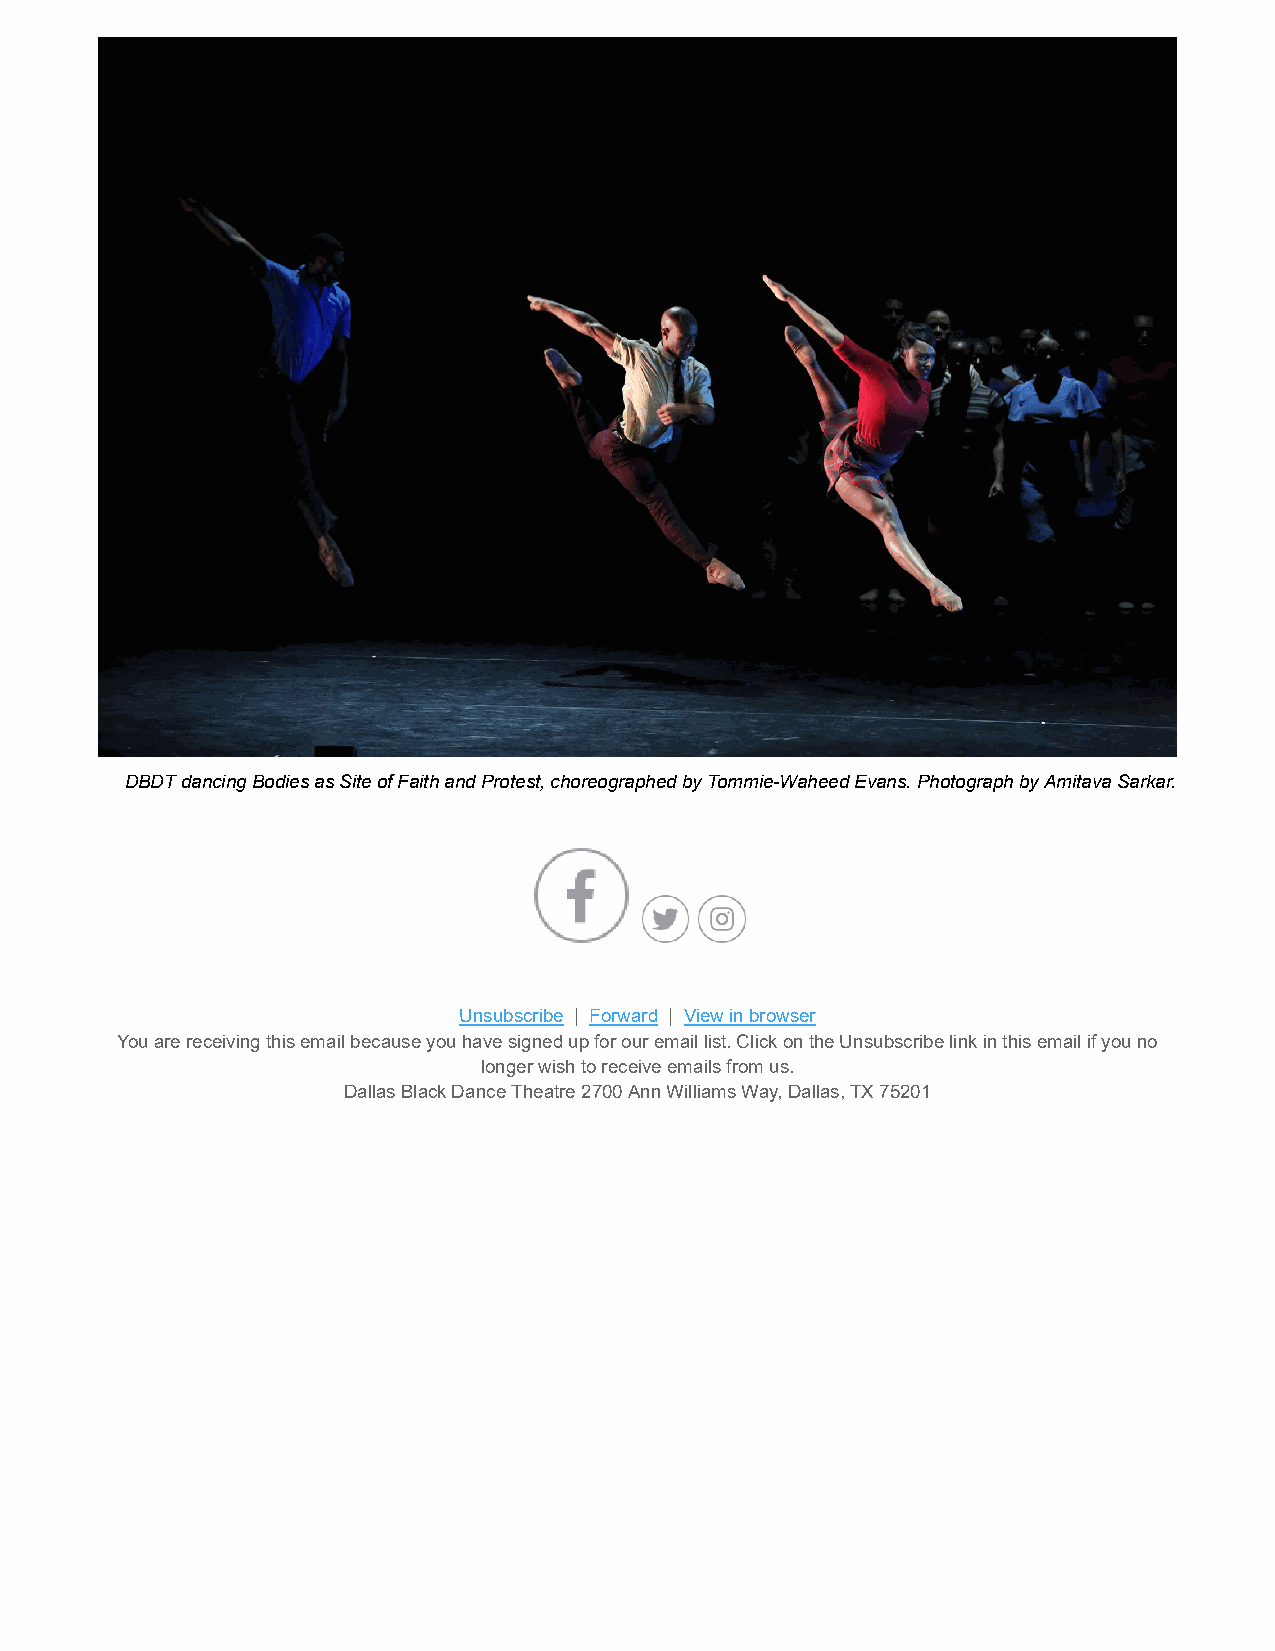
DBDT dancing Bodies as Site of Faith and Protest, choreographed by Tommie-Waheed Evans. Photograph by Amitava Sarkar.
 Unsubscribe | Forward | View in browser
 You are receiving this email because you have signed up for our email list. Click on the Unsubscribe link in this email if you no
 longer wish to receive emails from us.
 Dallas Black Dance Theatre 2700 Ann Williams Way, Dallas, TX 75201